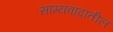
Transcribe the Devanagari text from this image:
साम्यवादातील